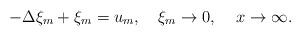
LaTeX: \begin{align*} -\Delta\xi_m+\xi_m=u_m,\quad\xi_m\rightarrow 0,\quad\,x\rightarrow \infty. \end{align*}